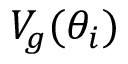
V _ { g } ( \theta _ { i } )